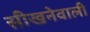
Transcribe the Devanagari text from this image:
सीखनेवाली